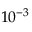
1 0 ^ { - 3 }